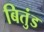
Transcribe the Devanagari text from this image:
बितुंड